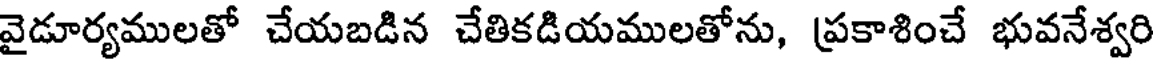
వైడూర్యములతో చేయబడిన చేతికడియములతోను, ప్రకాశించే భువనేశ్వరి